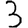
Digit: 3